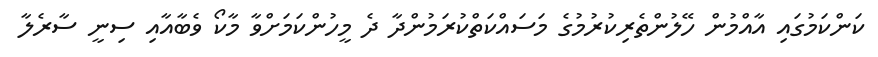
ކަންކަމުގައި އާއްމުން ހޭލުންތެރިކުރުމުގެ މަސައްކަތްކުރަމުންދާ ދެ މީހުންކަމަށްވާ މާކޯ ވެބާއާއި ސިނީ ސާރެލާ